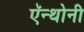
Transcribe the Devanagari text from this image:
ऍन्थोनी